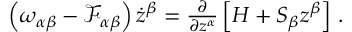
\begin{array} { r } { \left( \omega _ { \alpha \beta } - \mathcal { F } _ { \alpha \beta } \right) \dot { z } ^ { \beta } = \frac { \partial } { \partial z ^ { \alpha } } \left[ H + S _ { \beta } z ^ { \beta } \right] \, . } \end{array}